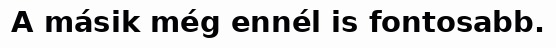
A másik még ennél is fontosabb.